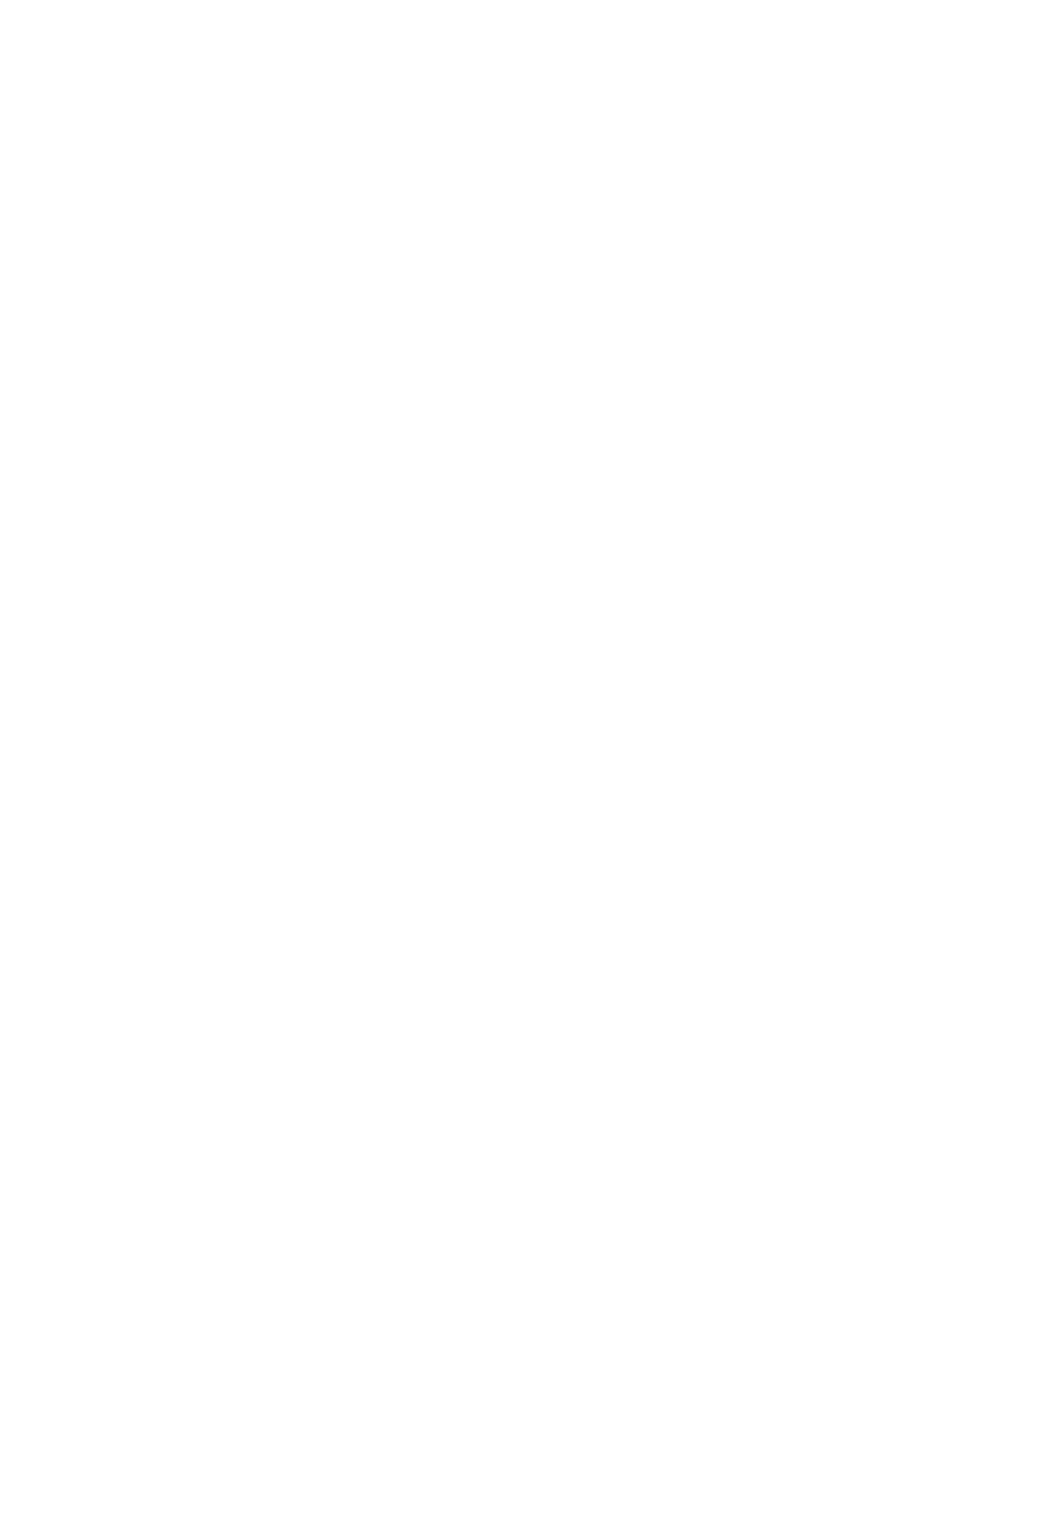
Chapter5
 Aerodynamics         of  Mars    2020    Rover
 Wind     Sensors
 Rafael Bardera, Suthyvann Sor
 and Adelaida García-Magariño
 Abstract
 EnvironmentalfactorsinMarsatmosphereareapartoftheresearchissuesofthe
 futureMars2020mission.Thenewroversurfacevehiclewilltransportdifferent
 instrumentstoinvestigatethegeology,biology,andmeteorologyofMars.Amongst
 theseinstruments,theMarsEnvironmentalDynamicsAnalyzer(MEDA)willbe
 dedicatedtothemeasurementofenvironmentparameters.Twowindsensorswill
 beincludedinthemeteorologicalstationMEDAbecausewindplaysaveryimpor-
 tantroleinMartianclimate.High-qualitywinddataarerequiredtobuildmathe-
 maticalmodelsoftheMarsclimate;therefore,powerfultechniquesarenecessaryto
 eliminateaerodynamicperturbationsproducedbytheroverpresenceoverwind
 measurements.Thischapterisdedicatedtothecharacterizationoftheaerodynam-
 icsaroundtheMars2020roveranditsinteractionwiththeroverMarssurface
 vehicleinordertogetinformationtocorrectwinddatacomingfromMars.
 Keywords:aerodynamics,rover,Mars,wind,sensors
 1.Introduction
 TheMars2020rovermissionisapartofNASA’sMarsExplorationProgram.
 ThismissionisconceivedfortheexplorationofMars,andadditionally,itprovidesa
 waytodemonstratenoveltechnologiesaddressedtothefutureMartianhuman
 expeditions[1].Theinvestigationoftheenvironmentalfactorsisanoverriding
 aspecttogetinsightandabetterunderstandingofthemeteorologicalprocessesin
 Marsatmosphere.SatellitesorbitingMarsprovideremotesensingdataforthestudy
 ofMartianatmosphere,butahigherresolutiondatamustbeobtainedbymeansof
 investigationsurfacevehicles.
 TheMarsEnvironmentalDynamicsAnalyzer(MEDA)isthecontributionof
 SpaintotheMarsExplorationProgram,anditwasdesignedasamobileenviron-
 mentalstationtobetransportedbyMars2020rover.MEDAsensorswillprovide
 informationaboutbothambientandground,suchaswindspeedanditsdirection,
 temperature,pressure,relativehumidity,ultravioletradiation,andsizeandshape
 ofdust.MEDAwindsensorsareinspiredinthedesignofthewindsensorofRover
 EnvironmentalMonitoringStation(REMS)[2,3]thatwasembarkedontheMars
 ScienceLaboratory(MSL)Curiosityrover[4].
 TheimportanceofstudyingthewindinMarsismanifold.Ononehand,insitu
 propulsionwillbenecessaryforlong-termplanetarysurfacemissions,andthewind
 energycouldbethepowertopushwind-drivencraftforexploration.Ontheother
 69